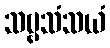
သဗ္ဗသံသယံ